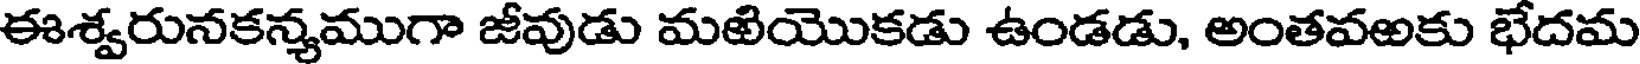
ఈశ్వరునకన్యముగా జీవుడు మఱియొకడు ఉండడు, అంతవఱకు భేదమ